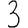
Digit: 3